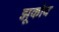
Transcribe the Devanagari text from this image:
झूकोव